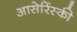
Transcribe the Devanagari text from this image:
आसेरिंस्की